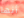
أنها